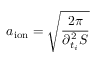
a _ { \mathrm { i o n } } = \sqrt { \frac { 2 \pi } { \partial _ { t _ { i } } ^ { 2 } S } }